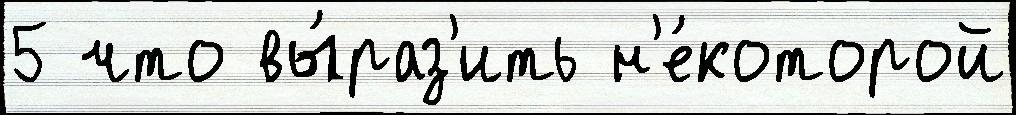
5 что вы́раз'ить н'е́которой